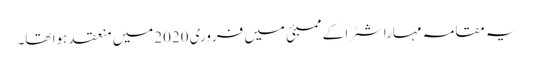
یہ مقامہ مہاراشٹرا کے ممبئی میں فروری2020میں منعقد ہوا تھا۔